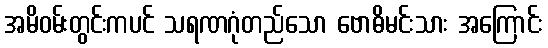
အမိဝမ်းတွင်းကပင် သရဏဂုံတည်သော ဗောဓိမင်းသား အကြောင်း